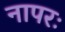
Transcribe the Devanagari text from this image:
नापरः